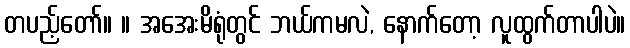
တပည့်တော်။ ။ အအေးမိရုံတွင် ဘယ်ကမလဲ, နောက်တော့ လူထွက်တာပါပဲ။